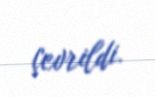
çevrildi.